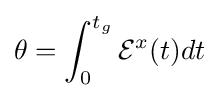
\theta =\int _{0}^{t_{g}}{\mathcal {E}}^{x}(t)dt